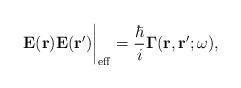
LaTeX: \begin{align*}{\bf E(r)E(r')}\bigg|_{\rm eff}={\hbar\over i}\mbox{\boldmath{$\Gamma$}}({\bf r,r'};\omega),\end{align*}